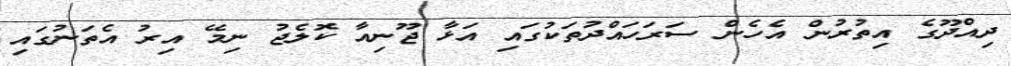
ދިއްދޫގެ އިތުރުން އެހެން ސަރަހައްދުތަކުގައި އަޅާ ޖޫނިއާ ކޮލެޖު ނިމޭ އިރު އެތަނުގައި